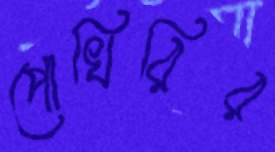
পোখিরির